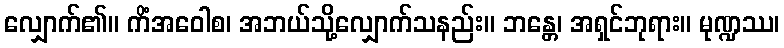
လျှောက်၏။ ကိံအဝေါစ၊ အဘယ်သို့လျှောက်သနည်း။ ဘန္တေ၊ အရှင်ဘုရား။ မုဏ္ဍဿ၊